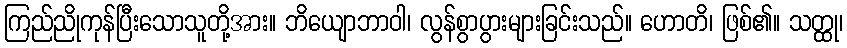
ကြည်ညိုကုန်ပြီးသောသူတို့အား။ ဘိယျောဘာဝါ၊ လွန်စွာပွားများခြင်းသည်။ ဟောတိ၊ ဖြစ်၏။ သတ္ထု၊